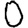
Digit: 0